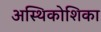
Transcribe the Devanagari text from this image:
अस्थिकोशिका